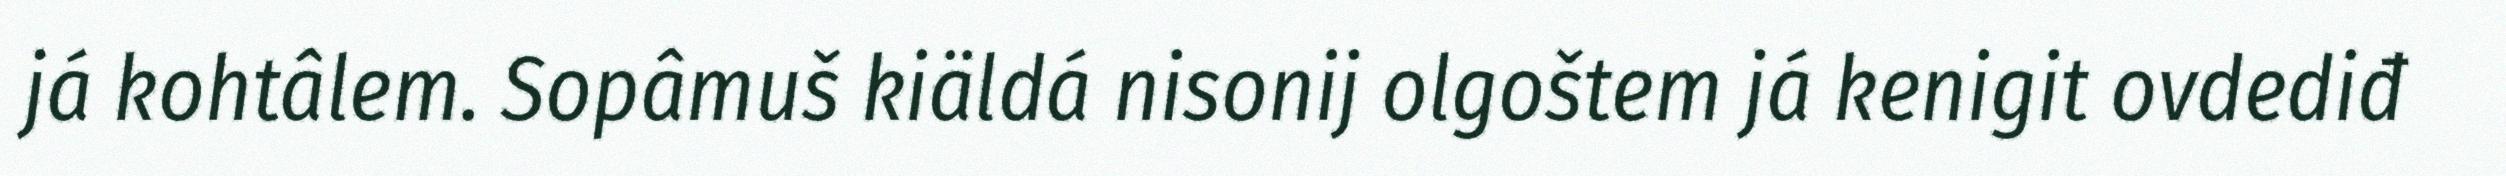
já kohtâlem. Sopâmuš kiäldá nisonij olgoštem já kenigit ovdediđ